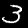
Label: 3